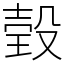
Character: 㲄